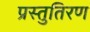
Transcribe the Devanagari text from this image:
प्रस्तुतिरण